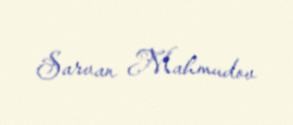
Sarvan Mahmudov